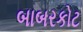
બાબરકોટ